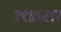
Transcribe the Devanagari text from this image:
१९४५ला